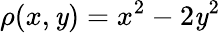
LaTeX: \rho(x,\mathit{y})=x^{2}-2\mathit{y}^{2}